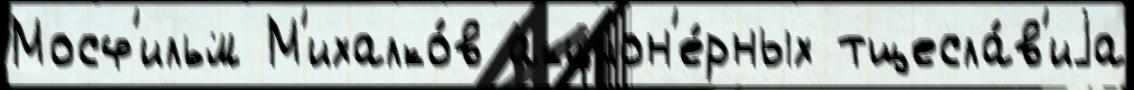
Мосф'ильм М'ихалко́в акцион'е́рных тщесла́в'иjа